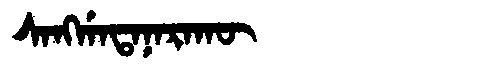
Manchu: ᠰᠠᠩᡤᠠᡨᠠᠨᠠᡵᠠᡴᡡ
Romanization: SANGGATANARAKŪ